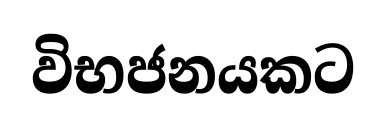
විභජනයකට